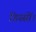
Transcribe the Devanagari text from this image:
हिस्सों।